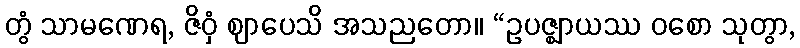
တွံ သာမဏေရ, ဇိဝှံ ဈာပေသိ အသညတော။ “ဥပဇ္ဈာယဿ ဝစော သုတွာ,